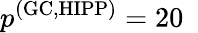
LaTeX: p^{\mathrm{(GC,HIPP)}}=20~\